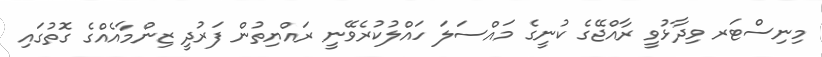
މިނިސްޓަރ ވިދާޅުވީ ރާއްޖޭގެ ކުނީގެ މައްސަލަ ހައްލުކުރެވޭނީ ރައްޔިތުން ފަރުދީ ޒިންމާއެއްގެ ގޮތުގައި